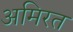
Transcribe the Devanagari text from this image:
अमिरत